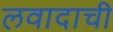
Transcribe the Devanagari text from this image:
लवादाची